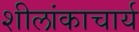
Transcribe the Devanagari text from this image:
शीलांकाचार्य